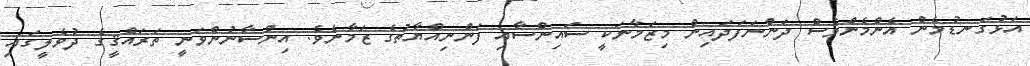
އަޅުގަނޑުމެން އެންމެންވެސް ދަންނަފަދައިން މިޒަމާނަކީ ސައިންސާއި ފަންނިއްޔާތުގެ ޒަމާނެވެ. އިންސާނުންވަނީ ތަރައްޤީގެ ދުވެލީގައި